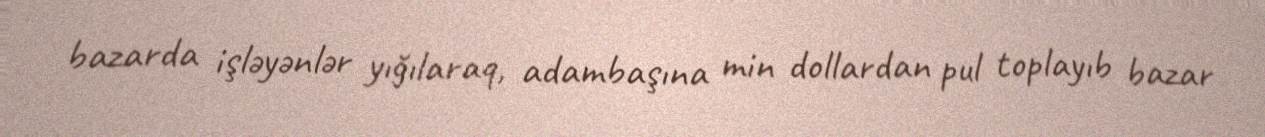
bazarda işləyənlər yığılaraq, adambaşına min dollardan pul toplayıb bazar